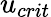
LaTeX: u_{crit}